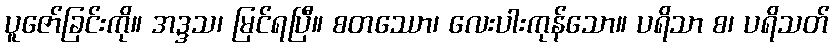
ပူဇော်ခြင်းကို။ အဒ္ဒသ၊ မြင်ရပြီ။ စတဿော၊ လေးပါးကုန်သော။ ပရိသာ စ၊ ပရိသတ်